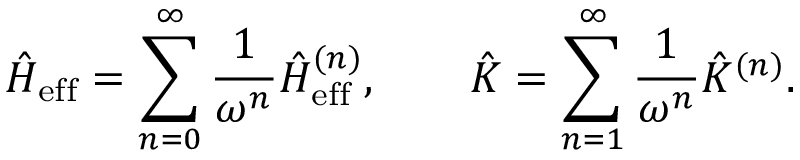
\hat { H } _ { \mathrm { e f f } } = \sum _ { n = 0 } ^ { \infty } \frac { 1 } { \omega ^ { n } } \hat { H } _ { \mathrm { e f f } } ^ { ( n ) } , \qquad \hat { K } = \sum _ { n = 1 } ^ { \infty } \frac { 1 } { \omega ^ { n } } \hat { K } ^ { ( n ) } .